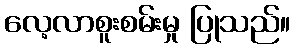
လေ့လာစူးစမ်းမှု ပြုသည်။